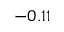
- 0 . 1 1